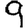
Digit: 9